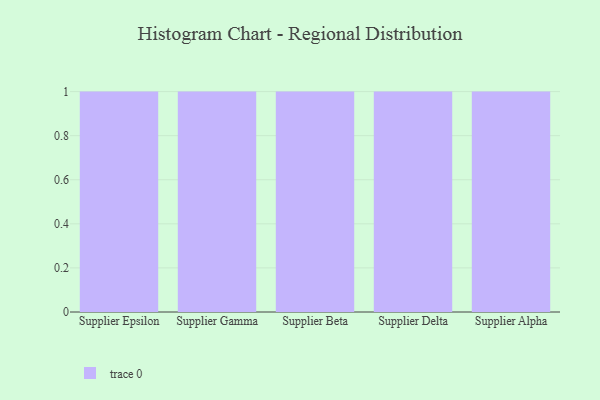
{"axis": {"x": "Supplier", "y": "Demand Index"}, "legend": [""], "data": [{"x": "Supplier Epsilon", "y": 14, "type": ""}, {"x": "Supplier Gamma", "y": 12, "type": ""}, {"x": "Supplier Beta", "y": 56, "type": ""}, {"x": "Supplier Delta", "y": 82, "type": ""}, {"x": "Supplier Alpha", "y": 2, "type": ""}]}